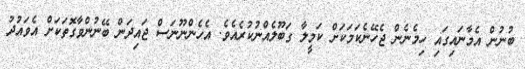
ބުނުން އެމާނައިގައި ހިމެނެން ޖެހޭނެކަމަކަށް ކަމީލާ ގަބޫލެއްނުކުރެއެވެ. އެހެންނޫނަސް ޖައިދަން ބޭނުންވާގޮތަކަށް އެވައުދު